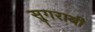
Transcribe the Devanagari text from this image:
सुगराबी